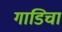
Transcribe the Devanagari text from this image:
गाडिचा